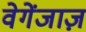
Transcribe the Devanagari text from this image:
वेगेंजाज़